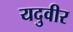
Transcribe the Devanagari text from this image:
यदुवीर